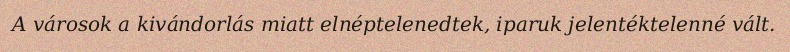
A városok a kivándorlás miatt elnéptelenedtek, iparuk jelentéktelenné vált.